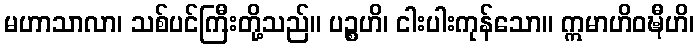
မဟာသာလာ၊ သစ်ပင်ကြီးတို့သည်။ ပဉ္စဟိ၊ ငါးပါးကုန်သော။ ဣမာဟိဝဍ္ဎီဟိ၊